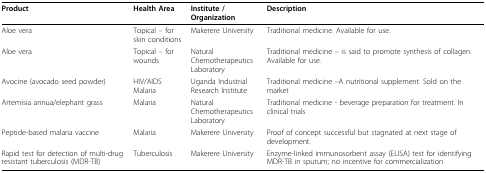
<table><thead><tr><td><b>Product</b></td><td><b>Health Area</b></td><td><b>Institute / Organization</b></td><td><b>Description</b></td></tr></thead><tbody><tr><td>Aloe vera</td><td>Topical – for skin conditions</td><td>Makerere University</td><td>Traditional medicine. Available for use.</td></tr><tr><td>Aloe vera</td><td>Topical – for wounds</td><td>Natural Chemotherapeutics Laboratory</td><td>Traditional medicine – is said to promote synthesis of collagen. Available for use.</td></tr><tr><td>Avocine (avocado seed powder)</td><td>HIV/AIDS Malaria</td><td>Uganda Industrial Research Institute</td><td>Traditional medicine –A nutritional supplement. Sold on the market</td></tr><tr><td>Artemisia annua/elephant grass</td><td>Malaria</td><td>Natural Chemotherapeutics Laboratory</td><td>Traditional medicine - beverage preparation for treatment. In clinical trials</td></tr><tr><td>Peptide-based malaria vaccine</td><td>Malaria</td><td>Makerere University</td><td>Proof of concept successful but stagnated at next stage of development.</td></tr><tr><td>Rapid test for detection of multi-drug resistant tuberculosis (MDR-TB)</td><td>Tuberculosis</td><td>Makerere University</td><td>Enzyme-linked immunosorbent assay (ELISA) test for identifying MDR-TB in sputum; no incentive for commercialization</td></tr></tbody></table>